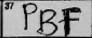
Transcription: PBF